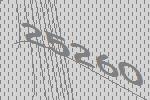
25260